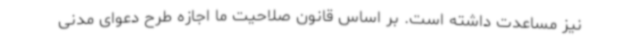
نیز مساعدت داشته است. بر اساس قانون صلاحیت ما اجازه طرح دعوای مدنی